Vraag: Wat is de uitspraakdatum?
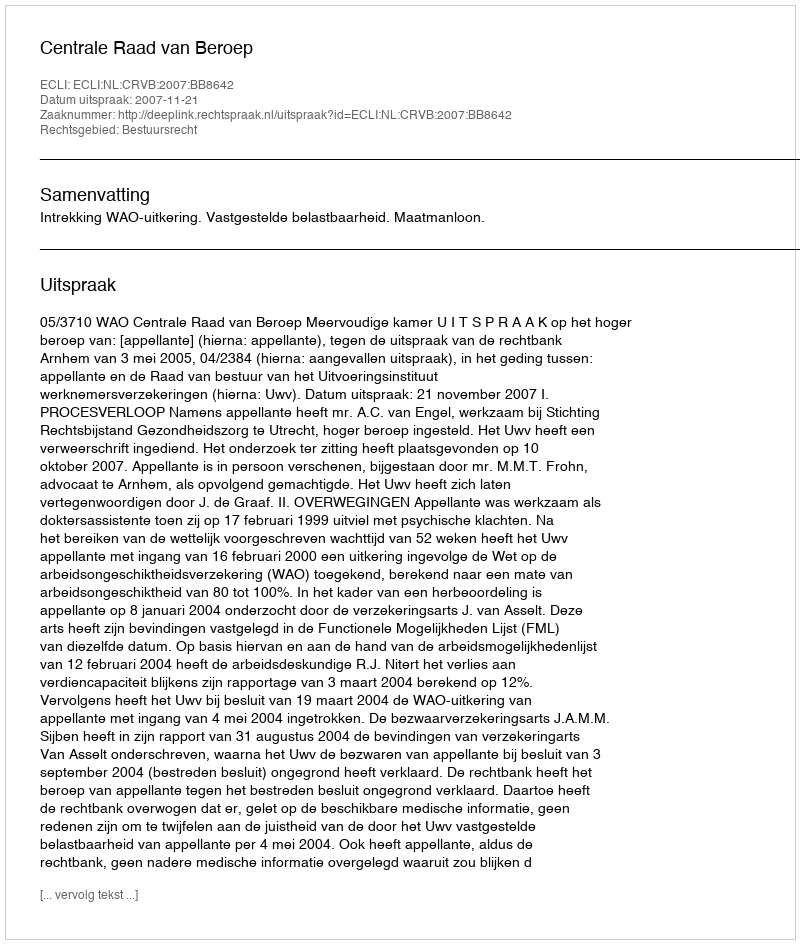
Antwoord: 2007-11-21